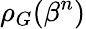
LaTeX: \rho_{G}(\beta^{n})